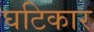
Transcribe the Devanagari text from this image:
घटिकार